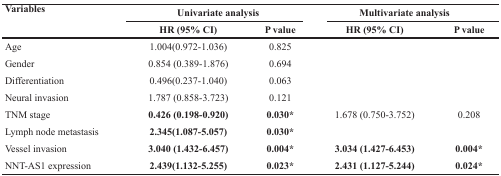
| <ROWSPAN=2> Variables | <COLSPAN=2> Univariate analysis | <COLSPAN=2> Multivariate analysis |
 | HR (95% CI) | P value | HR (95% CI) | P value |
 | --- | --- | --- | --- | --- |
 | Age | 1.004(0.972-1.036) | 0.825 |  |  |
 | Gender | 0.854 (0.389-1.876) | 0.694 |  |  |
 | Differentiation | 0.496(0.237-1.040) | 0.063 |  |  |
 | Neural invasion | 1.787 (0.858-3.723) | 0.121 |  |  |
 | TNM stage | 0.426 (0.198-0.920) | 0.030* | 1.678 (0.750-3.752) | 0.208 |
 | Lymph node metastasis | 2.345(1.087-5.057) | 0.030* |  |  |
 | Vessel invasion | 3.040 (1.432-6.457) | 0.004* | 3.034 (1.427-6.453) | 0.004* |
 | NNT-AS1 expression | 2.439(1.132-5.255) | 0.023* | 2.431 (1.127-5.244) | 0.024* |